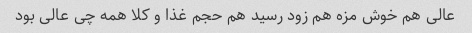
عالی هم خوش مزه هم زود رسید هم حجم غذا و کلا همه چی عالی بود